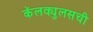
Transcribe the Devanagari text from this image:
कॅलक्युलसची